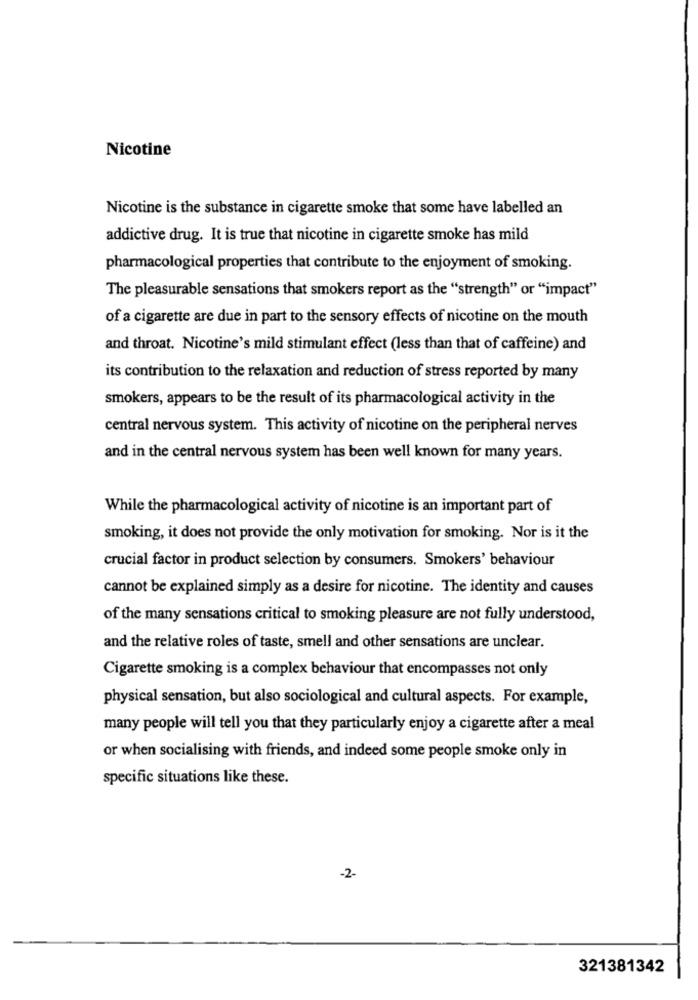
Nicotine
Nicotine is the substance in cigarette smoke that some have labelled an
addictive drug. It is true that nicotine in cigarette smoke has mild
pharmacological properties that contribute to the enjoyment of smoking.
The pleasurable sensations that smokers report as the "strength" or "impact"
of a cigarette are due in part to the sensory effects of nicotine on the mouth
and throat. Nicotine's mild stimulant effect (less than that of caffeine) and
its contribution to the relaxation and reduction of stress reported by many
smokers, appears to be the result of its pharmacological activity in the
central nervous system. This activity of nicotine on the peripheral nerves
and in the central nervous system has been well known for many years.
While the pharmacological activity of nicotine is an important part of
smoking, it does not provide the only motivation for smoking. Nor is it the
crucial factor in product selection by consumers. Smokers' behaviour
cannot be explained simply as a desire for nicotine. The identity and causes
of the many sensations critical to smoking pleasure are not fully understood,
and the relative roles of taste, smell and other sensations are unclear.
Cigarette smoking is a complex behaviour that encompasses not only
physical sensation, but also sociological and cultural aspects. For example,
many people will tell you that they particularly enjoy a cigarette after a meal
or when socialising with friends, and indeed some people smoke only in
specific situations like these.
-2-
321381342